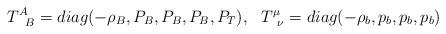
LaTeX: \begin{align*}T^A_{\phantom{A}B}=diag(-\rho_B,P_B,P_B,P_B,P_T),~~ T^{\mu}_{\phantom{\mu}\nu}=diag(-\rho_b,p_b,p_b,p_b)\end{align*}